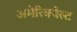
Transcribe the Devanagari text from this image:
अमेरिक्वेस्ट